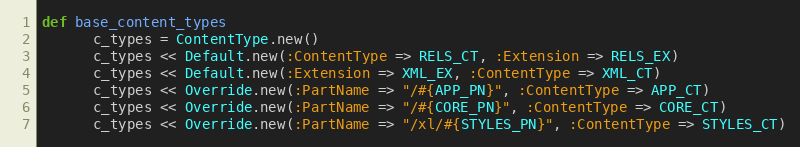
Language: Ruby
def base_content_types
      c_types = ContentType.new()
      c_types << Default.new(:ContentType => RELS_CT, :Extension => RELS_EX)
      c_types << Default.new(:Extension => XML_EX, :ContentType => XML_CT)
      c_types << Override.new(:PartName => "/#{APP_PN}", :ContentType => APP_CT)
      c_types << Override.new(:PartName => "/#{CORE_PN}", :ContentType => CORE_CT)
      c_types << Override.new(:PartName => "/xl/#{STYLES_PN}", :ContentType => STYLES_CT)